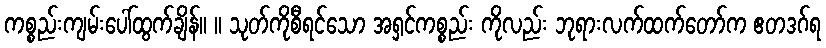
ကစ္စည်းကျမ်းပေါ်ထွက်ချိန်။ ။ သုတ်ကိုစီရင်သော အရှင်ကစ္စည်း ကိုလည်း ဘုရားလက်ထက်တော်က ဧတဒဂ်ရ